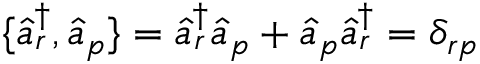
\{ \hat { a } _ { r } ^ { \dagger } , \hat { a } _ { p } \} = \hat { a } _ { r } ^ { \dagger } \hat { a } _ { p } + \hat { a } _ { p } \hat { a } _ { r } ^ { \dagger } = \delta _ { r p }